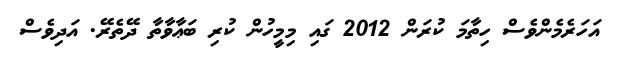
އަހަރެމެންވެސް ހިތާމަ ކުރަން 2012 ގައި މިމީހުން ކުރި ބަޢާވާތާ ދޭތެރޭ. އަދިވެސް